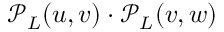
\mathcal { P } _ { L } ( u , v ) \cdot \mathcal { P } _ { L } ( v , w )